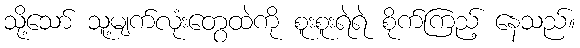
သို့သော် သူ့မျက်လုံးတွေထဲကို စူးစူးရဲရဲ စိုက်ကြည့် နေသည်။